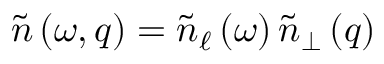
\tilde { n } \left( \omega , \boldsymbol { q } \right) = \tilde { n } _ { \ell } \left( \omega \right) \tilde { n } _ { \bot } \left( q \right)